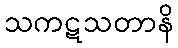
သကဋသတာနိ